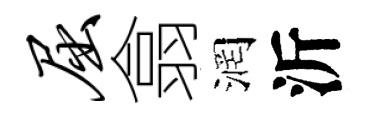
屈翕润沂